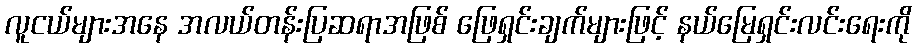
လူငယ်များအနေ အလယ်တန်းပြဆရာအဖြစ် ဖြေရှင်းချက်များဖြင့် နယ်မြေရှင်းလင်းရေးကို